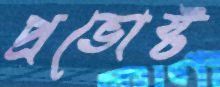
প্রভোষ্ট